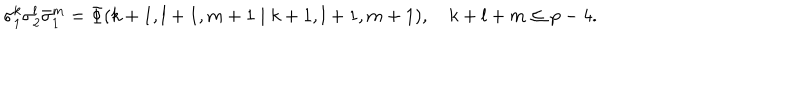
\sigma _ { 1 } ^ { k } \sigma _ { 2 } ^ { l } \bar { \sigma } _ { 1 } ^ { m } = \Phi ( k + 1 , l + 1 , m + 1 \mid k + 1 , l + 1 , m + 1 ) , ~ k + l + m \leq p - 4 .